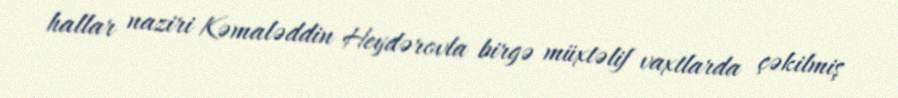
hallar naziri Kəmaləddin Heydərovla birgə müxtəlif vaxtlarda çəkilmiş